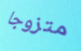
متزوجا